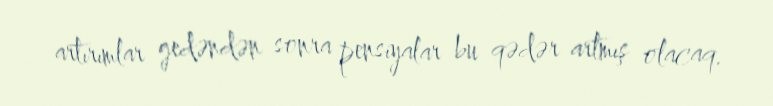
artırımlar gedəndən sonra pensiyalar bu qədər artmış olacaq.